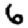
Digit: 6